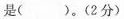
是()。(2分)